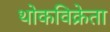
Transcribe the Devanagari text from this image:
थोकविक्रेता